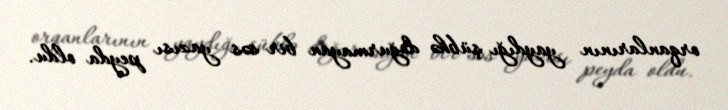
orqanlarının yaydığı şübhə doğurmayan bir səs yazısı peyda oldu.